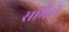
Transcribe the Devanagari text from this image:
समिटी